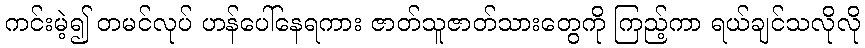
ကင်းမဲ့၍ တမင်လုပ် ဟန်ပေါ်နေရကား ဇာတ်သူဇာတ်သားတွေကို ကြည့်ကာ ရယ်ချင်သလိုလို